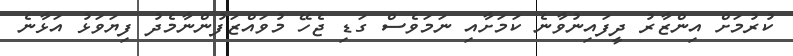
ކުރުމަށް އިންޒާރު ދީފައިނުވާނެ ކަމަށާއި ނަމަވެސް ގަޑި ޖެހޭ މުވައްޒަފުންނާމެދު ފިޔަވަޅު އަޅާނެ